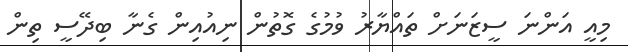
މިއީ އަންނަ ސީޒަނަށް ތައްޔާރު ވުމުގެ ގޮތުން ނިއުއިން ގެނާ ބިދޭސީ ތިން